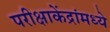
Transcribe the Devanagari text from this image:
परीक्षाकेंद्रांमध्ये